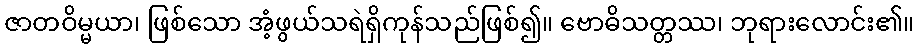
ဇာတဝိမ္မယာ၊ ဖြစ်သော အံ့ဖွယ်သရဲရှိကုန်သည်ဖြစ်၍။ ဗောဓိသတ္တဿ၊ ဘုရားလောင်း၏။